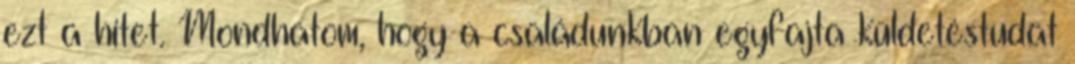
ezt a hitet. Mondhatom, hogy a családunkban egyfajta küldetéstudat